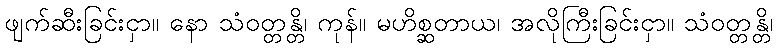
ဖျက်ဆီးခြင်းငှာ။ နော သံဝတ္တန္တိ၊ ကုန်။ မဟိစ္ဆတာယ၊ အလိုကြီးခြင်းငှာ။ သံဝတ္တန္တိ၊